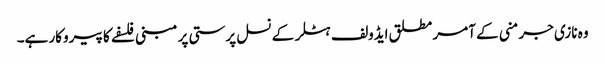
وہ نازی جرمنی کے آمر مطلق ایڈولف ہٹلر کے نسل پرستی پر مبنی فلسفے کا پیروکار ہے۔